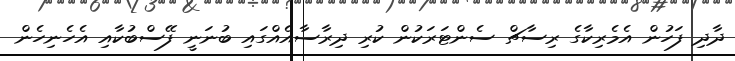
ދާދި ފަހުން އެމެރިކާގެ ރިސާޗް ސެންޓަރަކުން ކުރި ދިރާސާއެއްގައި ބުނަނީ ފޭސްބުކާއި އެހެނިހެން